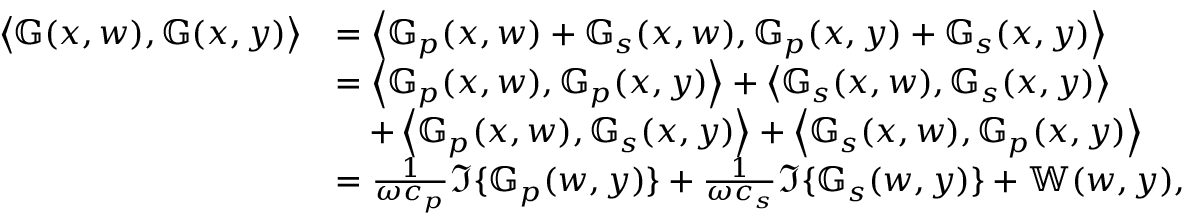
\begin{array} { r l } { \left\langle \mathbb { G } ( x , w ) , \mathbb { G } ( x , y ) \right\rangle } & { = \left\langle \mathbb { G } _ { p } ( x , w ) + \mathbb { G } _ { s } ( x , w ) , \mathbb { G } _ { p } ( x , y ) + \mathbb { G } _ { s } ( x , y ) \right\rangle } \\ & { = \left\langle \mathbb { G } _ { p } ( x , w ) , \mathbb { G } _ { p } ( x , y ) \right\rangle + \left\langle \mathbb { G } _ { s } ( x , w ) , \mathbb { G } _ { s } ( x , y ) \right\rangle } \\ & { \quad + \left\langle \mathbb { G } _ { p } ( x , w ) , \mathbb { G } _ { s } ( x , y ) \right\rangle + \left\langle \mathbb { G } _ { s } ( x , w ) , \mathbb { G } _ { p } ( x , y ) \right\rangle } \\ & { = \frac { 1 } { \omega c _ { p } } \Im \{ \mathbb { G } _ { p } ( w , y ) \} + \frac { 1 } { \omega c _ { s } } \Im \{ \mathbb { G } _ { s } ( w , y ) \} + \mathbb { W } ( w , y ) , } \end{array}